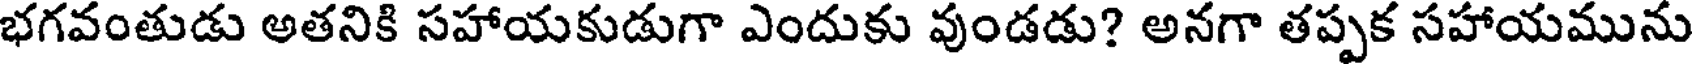
భగవంతుడు అతనికి సహాయకుడుగా ఎందుకు వుండడు? అనగా తప్పక సహాయమును